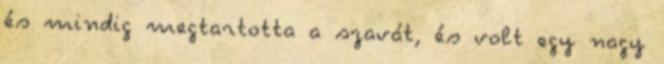
és mindig megtartotta a szavát, és volt egy nagy